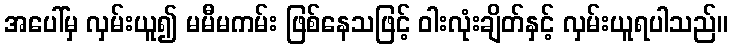
အပေါ်မှ လှမ်းယူ၍ မမီမကမ်း ဖြစ်နေသဖြင့် ဝါးလုံးချိတ်နှင့် လှမ်းယူရပါသည်။